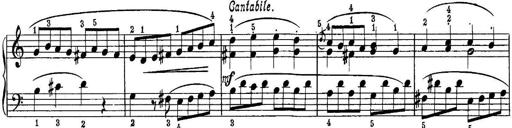
Title: Piano Sonatina No.1 in C major
Composer: Tadeusz Joteyko
Key: C major